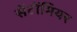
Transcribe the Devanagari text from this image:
सेंटोंमियर